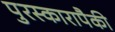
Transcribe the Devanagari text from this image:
पुरस्कारापैकी